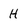
Character: H